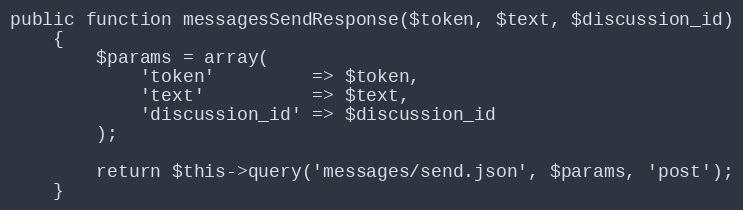
Language: PHP
public function messagesSendResponse($token, $text, $discussion_id)
    {
        $params = array(
            'token'         => $token,
            'text'          => $text,
            'discussion_id' => $discussion_id
        );

        return $this->query('messages/send.json', $params, 'post');
    }